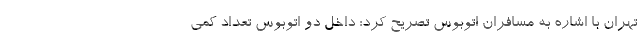
تهران با اشاره به مسافران اتوبوس تصریح کرد: داخل دو اتوبوس تعداد کمی